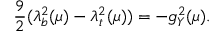
\frac { 9 } { 2 } ( \lambda _ { b } ^ { 2 } ( \mu ) - \lambda _ { t } ^ { 2 } ( \mu ) ) = - g _ { Y } ^ { 2 } ( \mu ) .